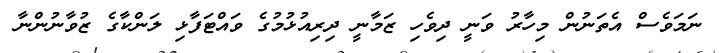
ނަމަވެސް އެތަނުން މިހާރު ވަނީ ދިވެހި ޒަމާނީ ދިރިއުޅުމުގެ ވައްޓަފާޅި ލަންކާގެ ޒުވާނުންނާ